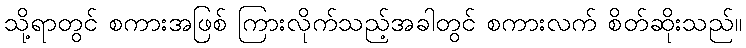
သို့ရာတွင် စကားအဖြစ် ကြားလိုက်သည့်အခါတွင် စကားလက် စိတ်ဆိုးသည်။